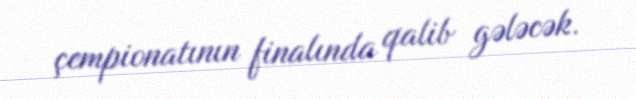
çempionatının finalında qalib gələcək.